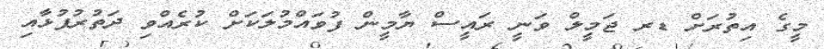
މީގެ އިތުރަށް ޑރ ޖަމީލް ވަނީ ރައީސް ޔާމީން ފުވައްމުލަކަށް ކުރެއްވި ދަތުރުފުޅާއި